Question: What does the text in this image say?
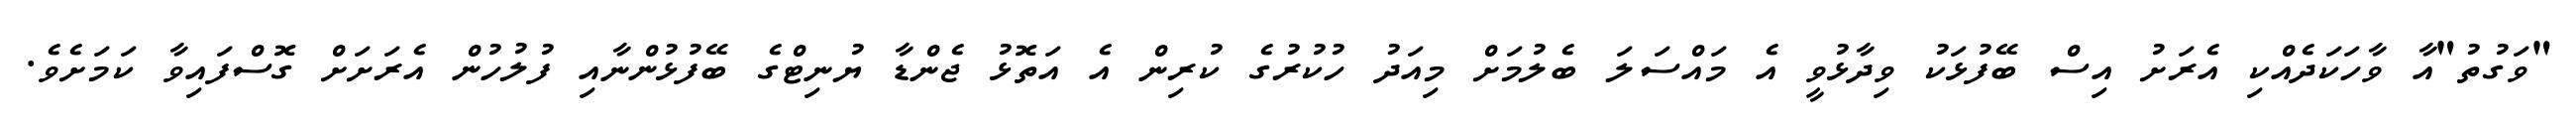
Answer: "ވަގުތު"އާ ވާހަކަދެއްކި އެރަށު އިސް ބޭފުޅަކު ވިދާޅުވީ އެ މައްސަލަ ބެލުމަށް މިއަދު ހުކުރުގެ ކުރިން އެ އަތޮޅު ޖެންޑާ ޔުނިޓްގެ ބޭފުޅުންނާއި ފުލުހުން އެރަށަށް ގޮސްފައިވާ ކަމަށެވެ.